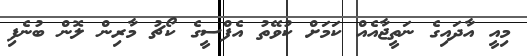
މިއީ އާދައިގެ ނަތީޖާއެއް ކަމަށް ކުވޭތު އެފްސީގެ ކޯޗު މާރިން ލޮން ބުނެފި